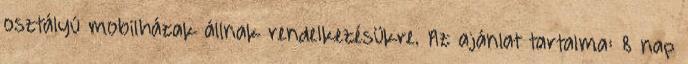
osztályú mobilházak állnak rendelkezésükre. Az ajánlat tartalma: 8 nap